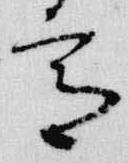
宮